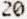
20